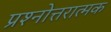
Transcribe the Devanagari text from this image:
प्रश्नोत्तरात्मक